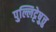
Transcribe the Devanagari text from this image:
पुल्लिट्टेष़ुत्तु